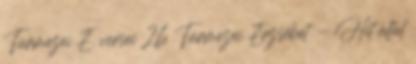
Túrmezei E. versei 26 Túrmezei Erzsébet - Hit által